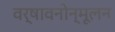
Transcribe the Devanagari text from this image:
वर्षावनोन्मूलन